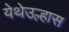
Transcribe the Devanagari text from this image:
येथेउल्हास